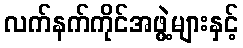
လက်နက်ကိုင်အဖွဲ့များနှင့်